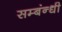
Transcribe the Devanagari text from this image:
सम्बंन्धी